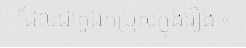
ដែលជាតួឯកប្រុសក្នុងរឿង «